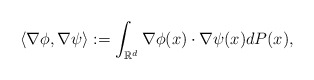
\begin{align*}\left<\nabla\phi,\nabla\psi\right>:=\int_{\mathbb{R}^d}\nabla\phi(x)\cdot\nabla\psi(x) dP(x),\end{align*}